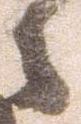
々